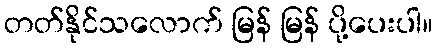
တတ်နိုင်သလောက် မြန် မြန် ပို့ပေးပါ။